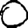
Digit: 0